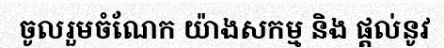
ចូលរួមចំណែក យ៉ាងសកម្ម និង ផ្តល់នូវ